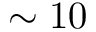
\sim 1 0